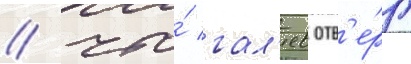
/ что́ гал'иев отв'е́рг